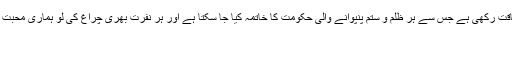
تمہارے بازوں اور آوازوں میں خداوند قدوس نے وہ طاقت رکھی ہے جس سے ہر ظلم و ستم پنپوانے والی حکومت کا خاتمہ کیا جا سکتا ہے اور ہر نفرت بھری چراغ کی لو ہماری محبت بھری چراغ کی لو کے سامنے دھیمی پڑ سکتی ہے _
کیونکہ _ __ __ _ ___
یہ بازوں میرے آزمائے ہوئے ہیں۔